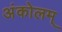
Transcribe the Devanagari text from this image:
अंकोलम्